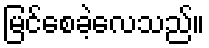
မြင်စေခဲ့လေသည်။